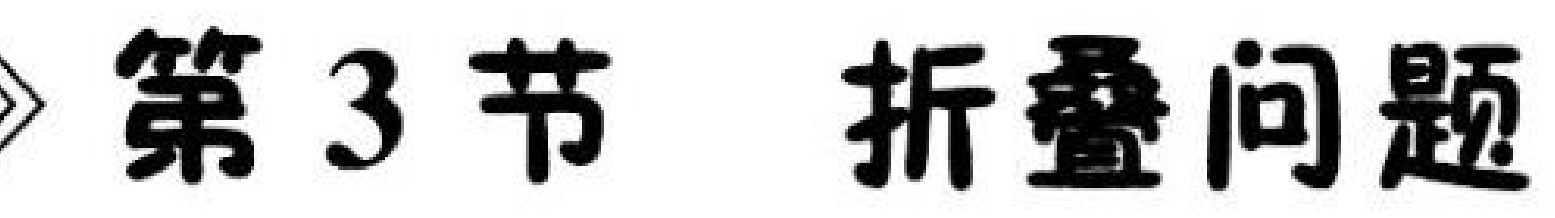
\textgreater 第3节 折叠问题